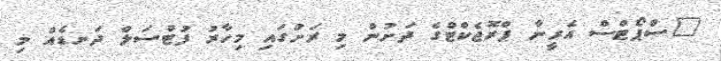
"ސްޕޯޓްސް އެރީނާ ޕްރޮޖެކްޓްގެ ދަށުން މި ރަށުގައި މިހާރު ފުޓްސަލް ދަނޑެއް މި